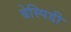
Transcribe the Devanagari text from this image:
बेस्पिडी